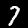
Digit: 7